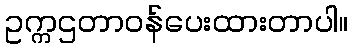
ဥက္ကဌတာဝန်ပေးထားတာပါ။